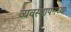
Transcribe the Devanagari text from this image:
व्यवस्थापनच्या